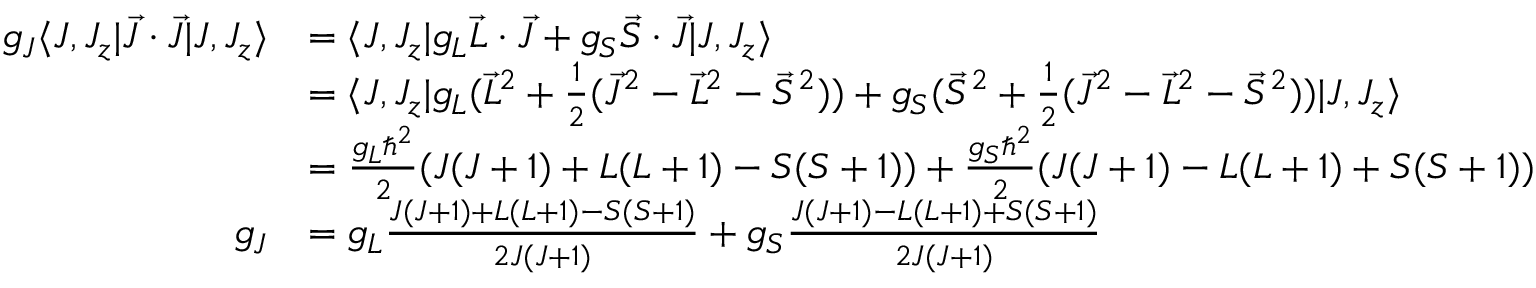
{ \begin{array} { r l } { g _ { J } \langle J , J _ { z } | { \vec { J } } \cdot { \vec { J } } | J , J _ { z } \rangle } & { = \langle J , J _ { z } | g _ { L } { { \vec { L } } \cdot { \vec { J } } } + g _ { S } { { \vec { S } } \cdot { \vec { J } } } | J , J _ { z } \rangle } \\ & { = \langle J , J _ { z } | g _ { L } { ( { \vec { L } } ^ { 2 } + { \frac { 1 } { 2 } } ( { \vec { J } } ^ { 2 } - { \vec { L } } ^ { 2 } - { \vec { S } } ^ { 2 } ) ) } + g _ { S } { ( { \vec { S } } ^ { 2 } + { \frac { 1 } { 2 } } ( { \vec { J } } ^ { 2 } - { \vec { L } } ^ { 2 } - { \vec { S } } ^ { 2 } ) ) } | J , J _ { z } \rangle } \\ & { = { \frac { g _ { L } \hbar ^ { 2 } } { 2 } } ( J ( J + 1 ) + L ( L + 1 ) - S ( S + 1 ) ) + { \frac { g _ { S } \hbar ^ { 2 } } { 2 } } ( J ( J + 1 ) - L ( L + 1 ) + S ( S + 1 ) ) } \\ { g _ { J } } & { = g _ { L } { \frac { J ( J + 1 ) + L ( L + 1 ) - S ( S + 1 ) } { 2 J ( J + 1 ) } } + g _ { S } { \frac { J ( J + 1 ) - L ( L + 1 ) + S ( S + 1 ) } { 2 J ( J + 1 ) } } } \end{array} }